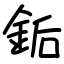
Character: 銗